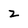
Character: 2